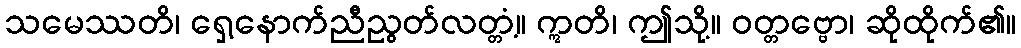
သမေဿတိ၊ ရှေ့နောက်ညီညွတ်လတ္တံ့။ ဣတိ၊ ဤသို့။ ဝတ္တဗ္ဗော၊ ဆိုထိုက်၏။